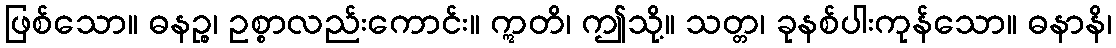
ဖြစ်သော။ ဓနဉ္စ၊ ဥစ္စာလည်းကောင်း။ ဣတိ၊ ဤသို့။ သတ္တ၊ ခုနစ်ပါးကုန်သော။ ဓနာနိ၊